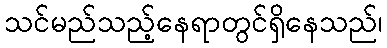
သင်မည်သည့်နေရာတွင်ရှိနေသည်၊